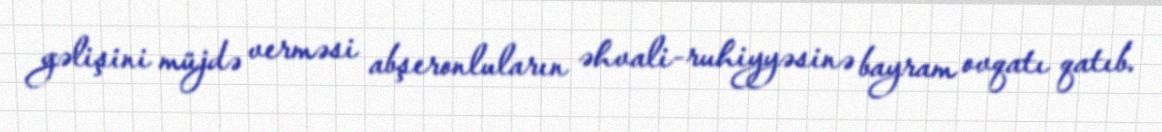
gəlişini müjdə verməsi abşeronluların əhvali-ruhiyyəsinə bayram ovqatı qatıb.